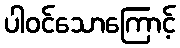
ပါဝင်သောကြောင့်